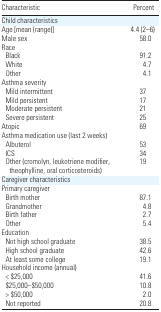
<table><thead><tr><td><b>Characteristic</b></td><td><b>Percent</b></td></tr></thead><tbody><tr><td colspan="2">Child characteristics</td></tr><tr><td>Age [mean (range)]</td><td>4.4 (2–6)</td></tr><tr><td>Male sex</td><td>58.0</td></tr><tr><td colspan="2">Race</td></tr><tr><td> Black</td><td>91.2</td></tr><tr><td> White</td><td>4.7</td></tr><tr><td> Other</td><td>4.1</td></tr><tr><td colspan="2">Asthma severity</td></tr><tr><td> Mild intermittent</td><td>37</td></tr><tr><td> Mild persistent</td><td>17</td></tr><tr><td> Moderate persistent</td><td>21</td></tr><tr><td> Severe persistent</td><td>25</td></tr><tr><td>Atopic</td><td>69</td></tr><tr><td colspan="2">Asthma medication use (last 2 weeks)</td></tr><tr><td> Albuterol</td><td>53</td></tr><tr><td> ICS</td><td>34</td></tr><tr><td> Other (cromolyn, leukotriene modifier, theophylline, oral corticosteroids)</td><td>19</td></tr><tr><td colspan="2">Caregiver characteristics</td></tr><tr><td colspan="2">Primary caregiver</td></tr><tr><td> Birth mother</td><td>87.1</td></tr><tr><td> Grandmother</td><td>4.8</td></tr><tr><td> Birth father</td><td>2.7</td></tr><tr><td> Other</td><td>5.4</td></tr><tr><td colspan="2">Education</td></tr><tr><td> Not high school graduate</td><td>38.5</td></tr><tr><td> High school graduate</td><td>42.6</td></tr><tr><td> At least some college</td><td>19.1</td></tr><tr><td colspan="2">Household income (annual)</td></tr><tr><td> &lt; $25,000</td><td>41.6</td></tr><tr><td> $25,000–$50,000</td><td>10.8</td></tr><tr><td> &gt; $50,000</td><td>2.0</td></tr><tr><td> Not reported</td><td>20.8</td></tr></tbody></table>